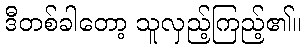
ဒီတစ်ခါတော့ သူလှည့်ကြည့်၏။